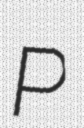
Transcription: P